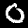
Digit: 0